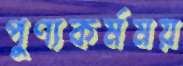
পুণ্যকর্মময়